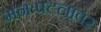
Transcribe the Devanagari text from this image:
मनःपटलावर